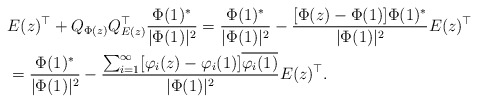
\begin{align*}&E(z)^\top + Q_{\Phi(z)} Q_{E(z)}^\top \frac{\Phi(1)^*}{|\Phi(1)|^2} = \frac{\Phi(1)^*}{|\Phi(1)|^2} - \frac{[\Phi(z) - \Phi(1)] \Phi(1)^*}{|\Phi(1)|^2} E(z)^\top\\& = \frac{\Phi(1)^*}{|\Phi(1)|^2} - \frac{\sum_{i =1}^\infty [\varphi_i(z) - \varphi_i(1)] \overline{\varphi_i(1)}}{|\Phi(1)|^2} E(z)^\top.\end{align*}